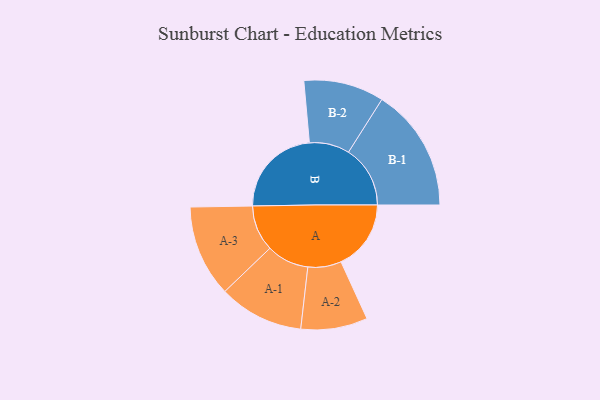
{"axis": {"x": "Segment", "y": "Value"}, "legend": ["", "A", "B"], "data": [{"x": "A", "y": 279, "type": ""}, {"x": "B", "y": 366, "type": ""}, {"x": "A-1", "y": 169, "type": "A"}, {"x": "A-2", "y": 133, "type": "A"}, {"x": "A-3", "y": 183, "type": "A"}, {"x": "B-1", "y": 246, "type": "B"}, {"x": "B-2", "y": 160, "type": "B"}]}